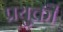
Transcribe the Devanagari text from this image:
प्रयुक्ती